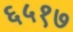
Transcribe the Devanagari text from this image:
६५१७